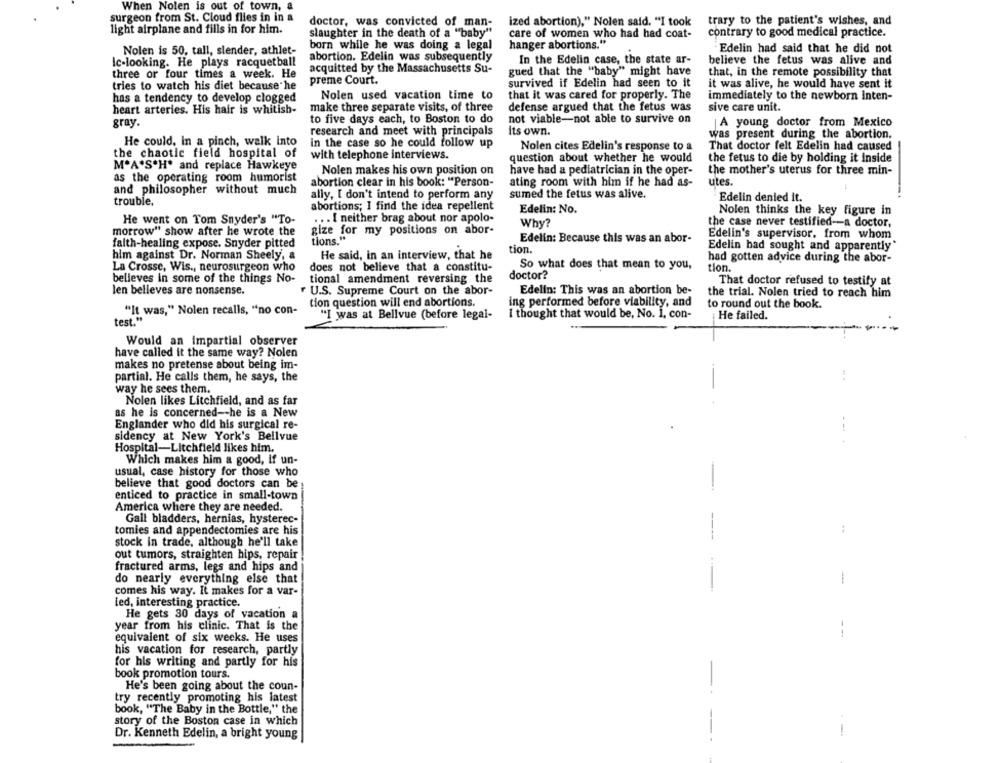
When Nolen is out of town, a
surgeon from St. Cloud flies in in a
doctor, was convicted of man-
ized abortion)," Nolen said. "I took
trary to the patient's wishes, and
light airplane and fills in for him.
slaughter in the death of a "baby"
care of women who had had coat-
contrary to good medical practice.
born while he was doing a legal
hanger abortions."
Nolen is 50, tall, slender, athlet-
Edelin had said that he did not
Ic-looking. He plays racquetball
abortion. Edelin was subsequently
In the Edelin case, the state ar-
believe the fetus was alive and
acquitted by the Massachusetts Su-
three or four times a week. He
gued that the "baby" might have
that, in the remote possibility that
preme Court.
survived if Edelin had seen to it
it was alive, he would have sent it
tries to watch his diet because he
has a tendency to develop clogged
Nolen used vacation time to
that it was cared for properly. The
immediately to the newborn inten-
make three separate visits, of three
defense argued that the fetus was
sive care unit.
heart arteries. His hair is whitish-
gray.
to five days each, to Boston to do
not viable-not able to survive on
A young doctor from Mexico
research and meet with principals
Its own.
was present during the abortion.
He could, In a pinch, walk into
in the case so he could follow up
Nolen cites Edelin's response to a
That doctor felt Edelin had caused
the chaotic field hospital of
with telephone interviews.
question about whether he would
the fetus to die by holding it Inside
M.A.S.H. and replace Hawkeye
Nolen makes his own position on
have had a pediatrician in the oper-
the mother's uterus for three min-
as the operating room humorist
abortion clear in his book: "Person-
ating room with him if he had as-
utes.
and philosopher without much
ally, I don't intend to perform any
sumed the fetus was alive.
Edelin denied it.
trouble.
abortions; I find the idea repellent
Edelin: No.
Nolen thinks the key figure in
He went on Tom Snyder's "To-
... I neither brag about nor apolo-
gize for my positions on abor-
Why?
the case never testified-a doctor,
morrow" show after he wrote the
Edelin's supervisor, from whom
faith-healing expose. Snyder pitted
tions."
Edelin: Because this was an abor-
tion.
Edelin had sought and apparently"
him against Dr. Norman Sheely, a
He said, in an interview, that he
had gotten advice during the abor-
La Crosse, Wis ., neurosurgeon who
does not believe that a constitu-
So what does that mean to you,
tion.
believes in some of the things No-
tional amendment reversing the
doctor?
That doctor refused to testify at
len belleves are nonsense.
U.S. Supreme Court on the abor-
Edelin: This was an abortion be-
the trial. Nolen tried to reach him
tion question will end abortions.
ing performed before viability, and
to round out the book.
"It was," Nolen recalls, "no con-
I thought that would be, No. 1, con-
test."
"I was at Bellvue (before legal-
He failed.
Would an Impartial observer
have called it the same way? Nolen
makes no pretense about being im-
partial. He calls them, he says, the
way he sees them.
Nolen likes Litchfield, and as far
as he is concerned -- he is a New
Englander who did his surgical re-
sidency at New York's Bellvue
Hospital-Litchfield likes him.
Which makes him a good, if un-
usual, case history for those who
believe that good doctors can be
enticed to practice in small-town
-
America where they are needed.
Gall bladders, hernias, hysterec-
tomies and appendectomies are his
stock in trade, although he'll take
out tumors, straighten hips, repair
fractured arms, legs and hips and
do nearly everything else that
comes his way. It makes for a var-
led, interesting practice.
He gets 30 days of vacation a
year from his clinic. That is the
equivalent of six weeks. He uses
his vacation for research, partly
for his writing and partly for his
book promotion tours.
He's been going about the coun-
try recently promoting his latest
book, "The Baby in the Bottle," the
story of the Boston case in which
Dr. Kenneth Edelin, a bright young